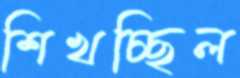
শিখচ্ছিল